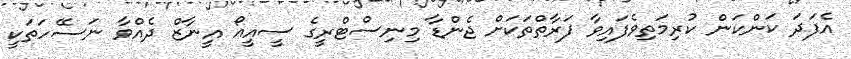
އެފަދަ ކަންކަން ކުރިމަތިވެފައިވާ ފަރާތްތަކަށް ޖެންޑާ މިނިސްޓްރީގެ ސީއީއޯ އީނާޒް ދެއްވާ ނަސޭހަތަކީ